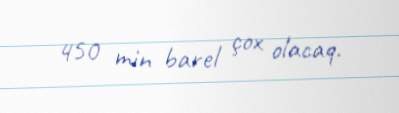
450 min barel çox olacaq.